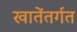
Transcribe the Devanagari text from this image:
खातेंतर्गत